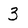
Character: 3